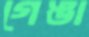
গেঙা